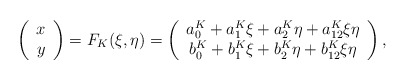
\begin{align*}\left(\begin{array}{c} x \\ y\end{array}\right)= F_K(\xi,\eta)=\left(\begin{array}{c}a_0^K+a_1^K\xi+a_2^K\eta+a_{12}^K\xi\eta \\b_0^K+b_1^K\xi+b_2^K\eta+b_{12}^K\xi\eta\end{array}\right),\end{align*}